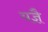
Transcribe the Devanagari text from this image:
यज्ञै